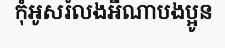
កុំអូសរំលងអីណាបងប្អូន